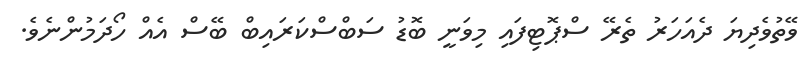
ވޭތުވެދިޔަ ދެއަހަރު ތެރޭ ސްޕޮޓިފައި މިވަނީ ބޮޑު ސަބްސްކަރައިބް ބޭސް އެއް ހޯދަމުންނެވެ.